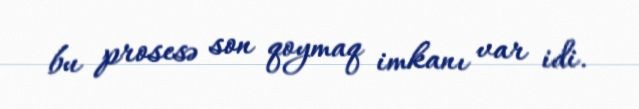
bu prosesə son qoymaq imkanı var idi.